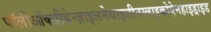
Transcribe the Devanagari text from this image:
पॉलीऑक्सीबेन्ज़ाइलमेथाइलीनग्लाइकोऐनहाइड्राइड